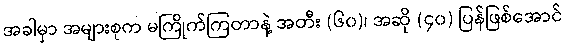
အခါမှာ အများစုက မကြိုက်ကြတာနဲ့ အတီး (၆၀)၊ အဆို (၄၀) ပြန်ဖြစ်အောင်